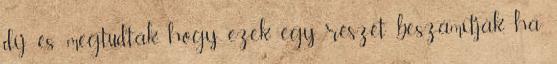
díj, és megtudták, hogy ezek egy részét beszámítják, ha